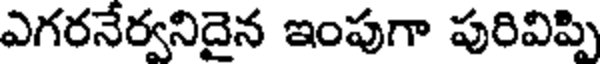
ఎగరనేర్వనిదైన ఇంపుగా పురివిప్పి